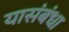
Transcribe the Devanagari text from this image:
यासंबंधा